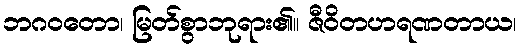
ဘဂဝတော၊ မြတ်စွာဘုရား၏။ ဇီဝိတဟရဏတာယ၊